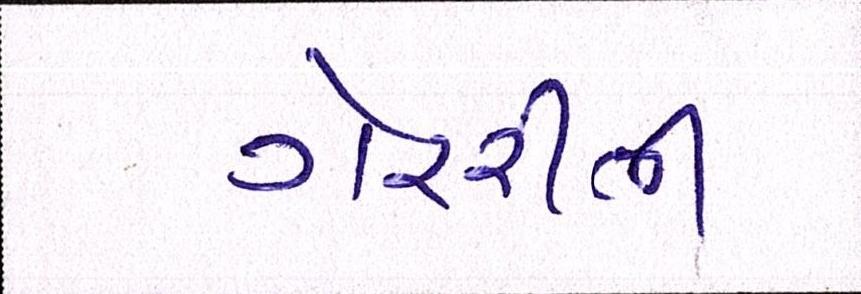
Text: ગેરરીતી